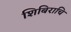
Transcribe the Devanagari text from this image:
शिबिराचि